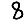
Digit: 8